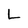
Character: L